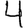
Digit: 4